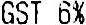
GST 6%